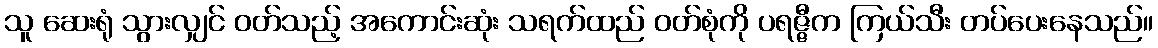
သူ ဆေးရုံ သွားလျှင် ဝတ်သည့် အကောင်းဆုံး သရက်ထည် ဝတ်စုံကို ပရဇ္ဇီက ကြယ်သီး တပ်ပေးနေသည်။